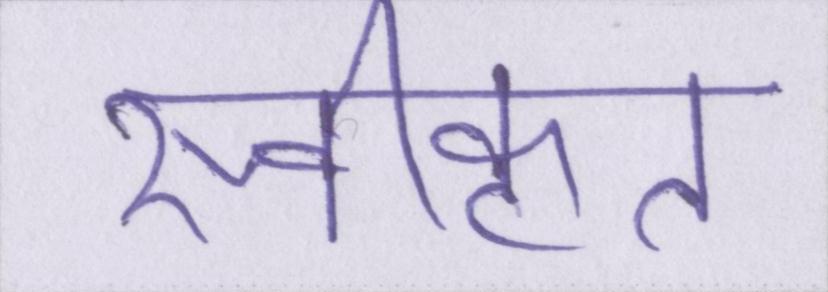
स्वीकृत्त